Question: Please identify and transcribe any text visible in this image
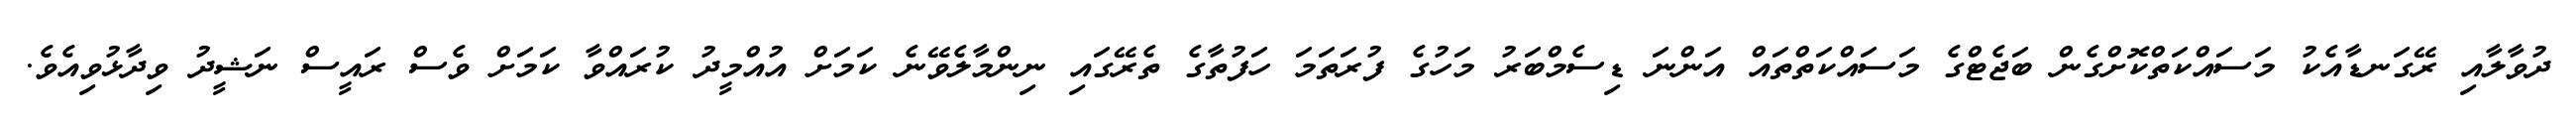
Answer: ދުވާލާއި ރޭގަނޑާއެކު މަސައްކަތްކޮށްގެން ބަޖެޓްގެ މަސައްކަތްތައް އަންނަ ޑިސެމްބަރު މަހުގެ ފުރަތަމަ ހަފުތާގެ ތެރޭގައި ނިންމާލެވޭނެ ކަމަށް އުއްމީދު ކުރައްވާ ކަމަށް ވެސް ރައީސް ނަޝީދު ވިދާޅުވިއެވެ.